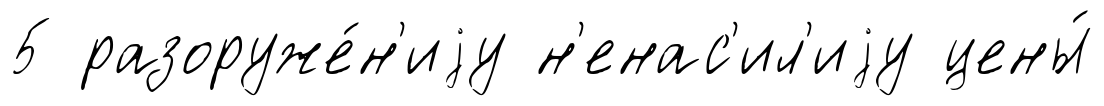
5 разоруже́н'иjу н'енас'ил'иjу цены́